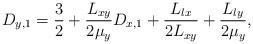
LaTeX: \begin{align*}D_{y,1} = \frac{3}{2}+\frac{L_{xy}}{2\mu_{y}}D_{x,1}+\frac{L_{lx}}{2L_{xy}}+\frac{L_{ly}}{2\mu_{y}},\end{align*}